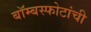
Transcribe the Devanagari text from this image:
बॉम्बस्फोटांची